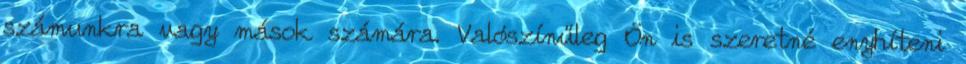
számunkra vagy mások számára. Valószínűleg Ön is szeretné enyhíteni